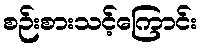
စဉ်းစားသင့်ကြောင်း